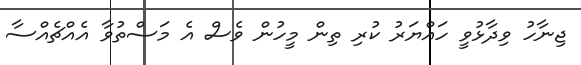
ޖިނާހު ވިދާޅުވީ ހައްޔަރު ކުރި ތިން މީހުން ވެސް އެ މަސްތުވާ އެއްޗެއްސާ